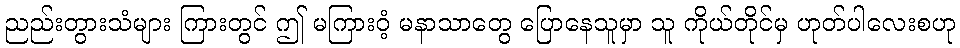
ညည်းတွားသံများ ကြားတွင် ဤ မကြားဝံ့ မနာသာတွေ ပြောနေသူမှာ သူ ကိုယ်တိုင်မှ ဟုတ်ပါလေးစဟု